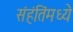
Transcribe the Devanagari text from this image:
संहंतिंमध्ये